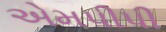
એમપીપી